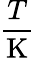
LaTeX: \frac{T}{\textrm{K}}